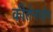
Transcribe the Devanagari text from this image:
कीर्तनघोष